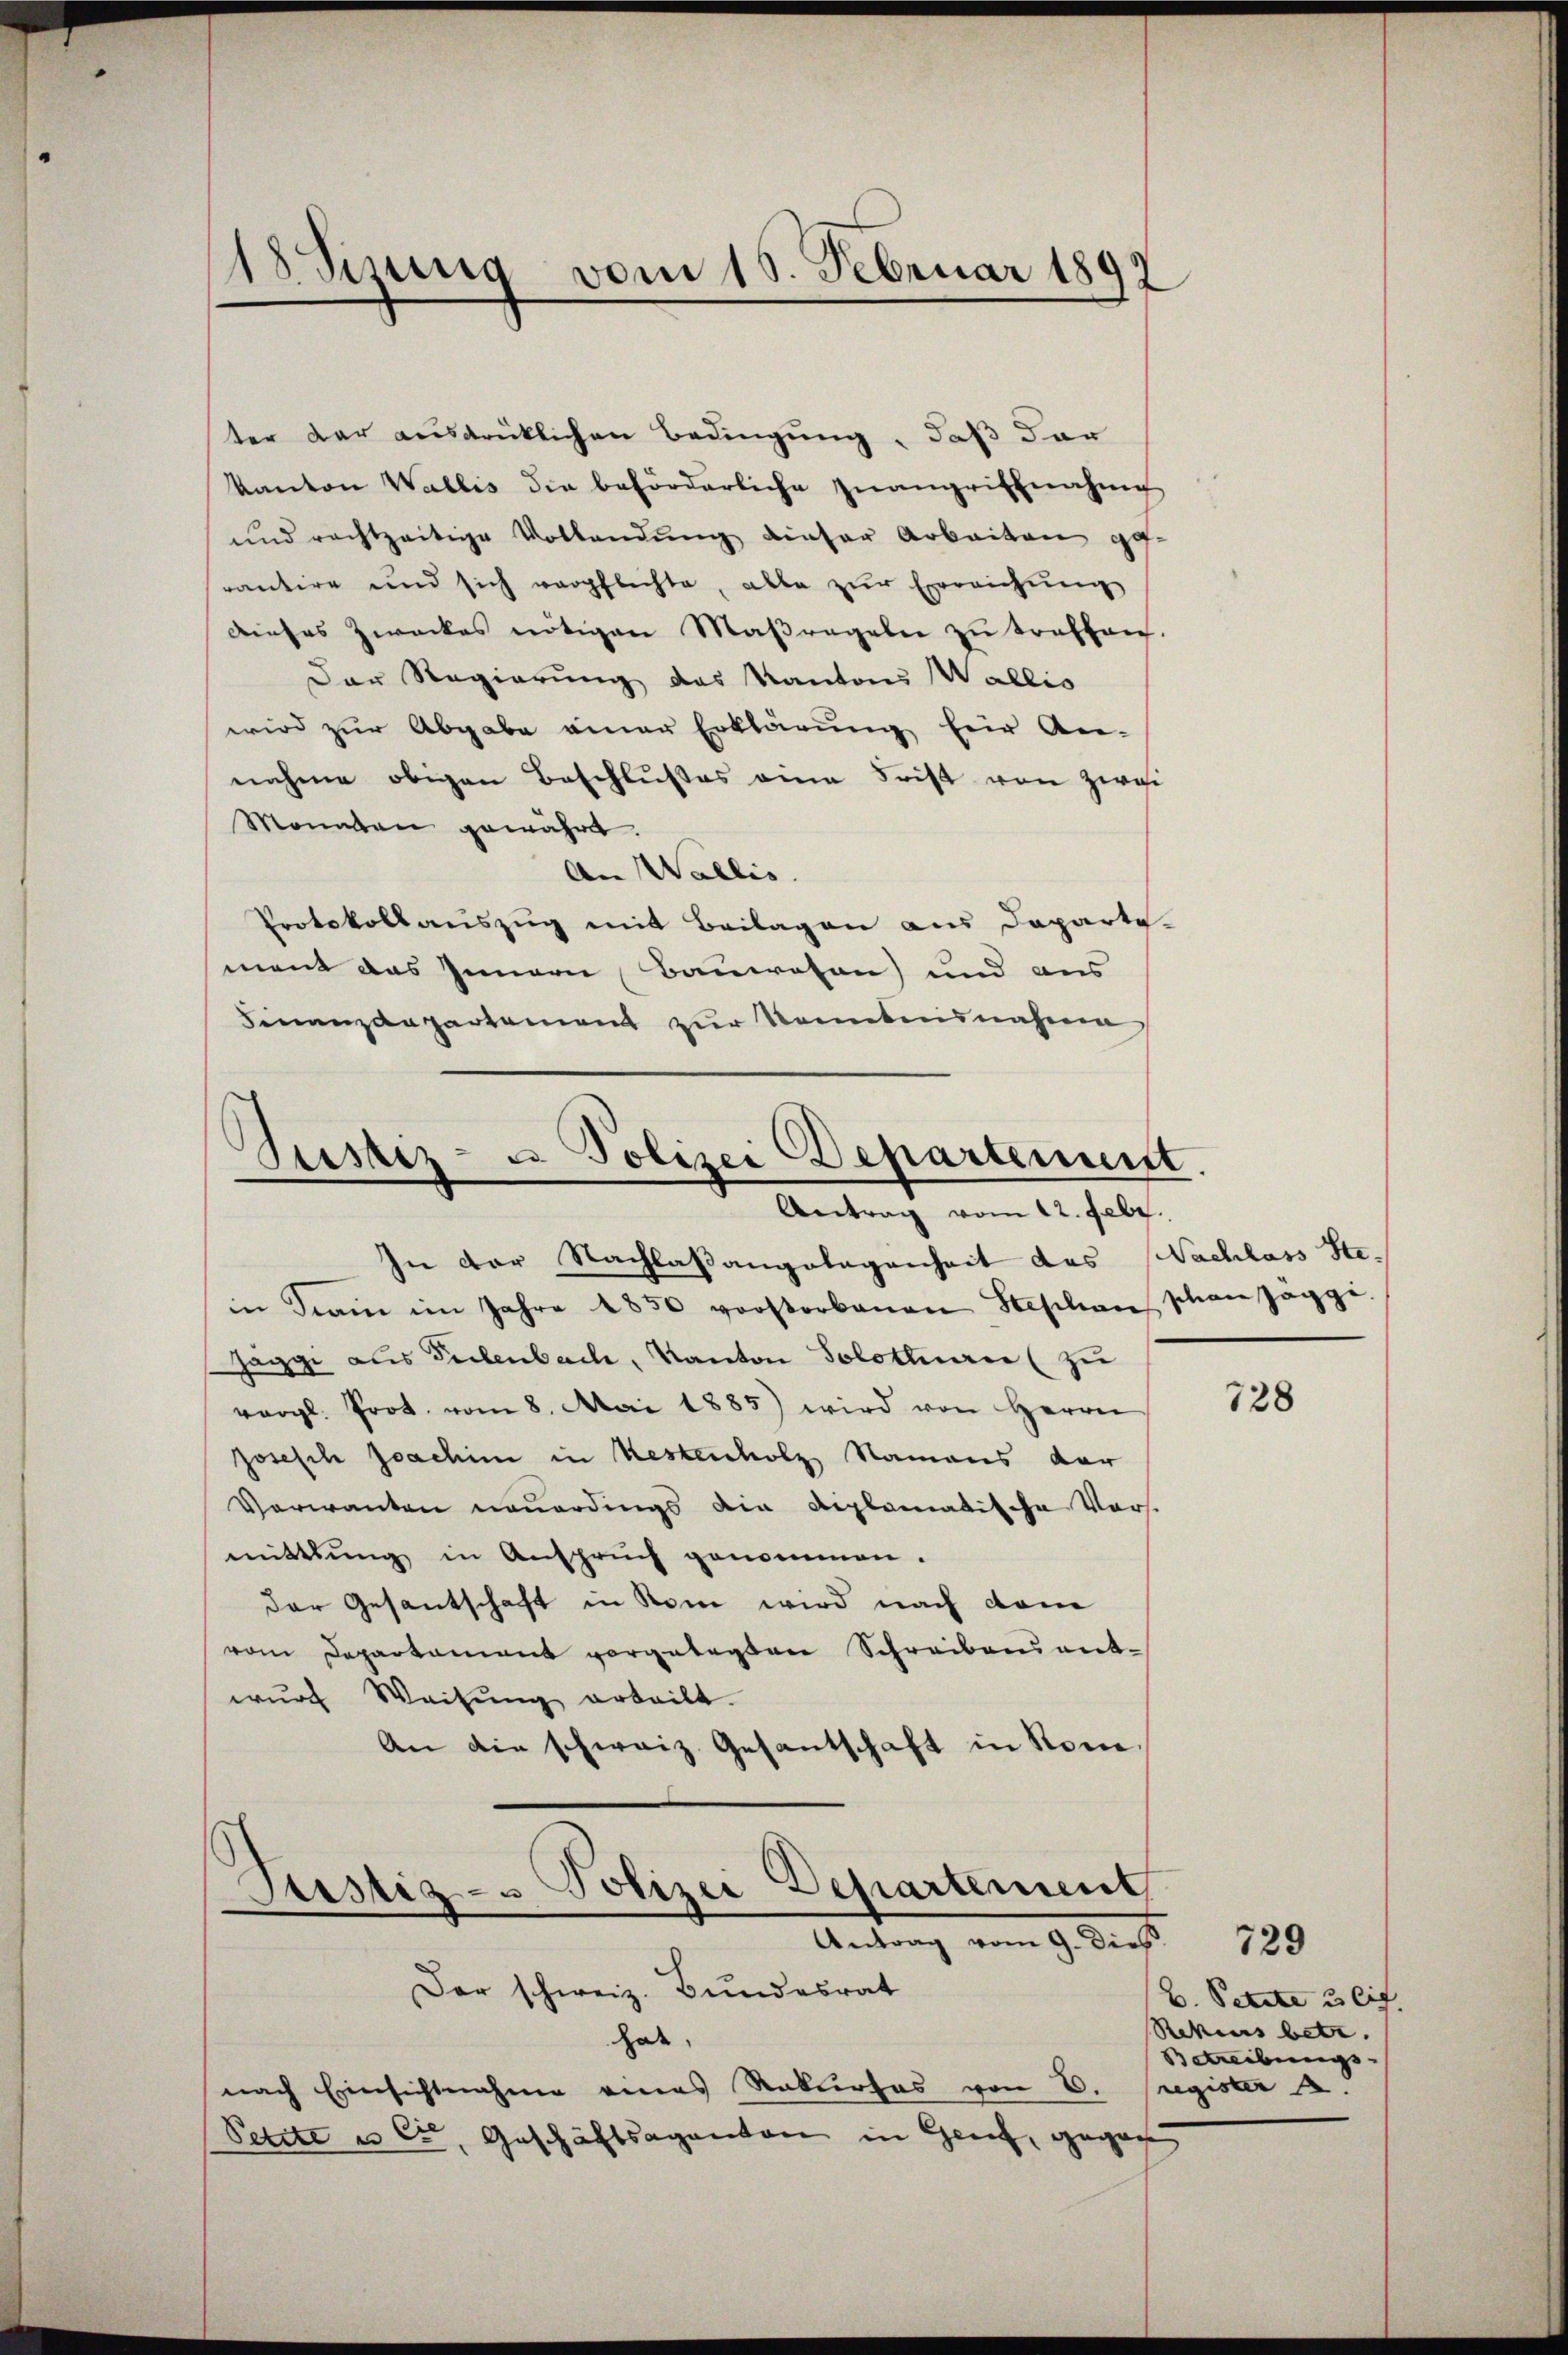
18 Sizung vom 18. Februar 1897.

ter dar ausdrücklichen Bedingung, daß dar
Kanton Wallis die beförderliche Inangriffnahme
und rechtzeitige Vollendŭng dieser Arbeiten ge-
rantire und sich verpflichte, alle zŭr Erreichŭng
Dieses Zweckes nötigen Maßregeln zŭ treffen.
Der Regierung des Kantons Wallis
wird zur Abgabe einer Erklärung für An-
nahme obigen Beschlußes eine Frist von zwei
Monaten gewährt.
An Wallis.
Protokollauszug mit Beilagen aus Departe
ment das Innern Bauwesen) und aus
Finanzdepartement zur Kenntnisnahmen

Sistiz- & Polizei Departement.
g
Antrag vom 12. Febr.

In der Nachlaßangelegenheit das Nachlass Stein Krain im Jahre 1850 vorstorbenen Stephan schon Jaggi
Jäggi aus Vielenbach, Kanton Solothurn (zu
vergl. Prot. vom 8. Mai 1885) wird von Herrn
josesche Joachin in Restencholz Namens dar
Verwanten neuerdings die diplomatische Vorst
mittlung in Anspruch genommen.
der Gesantschaft in Rom wird nach dem
vom Departement vorgelegten Schreiben ent-
wŭrf Weisŭng erteilt.
An die schweiz. Gesantschaft in Rone.
.
Justiz - Polizei Departement
Antrag vom 9. dies
Der schweiz. Bundesrat
hat,
nach Einsichtnahme eines Rekurses von E. register.
Petite u Cie, Geschäftsaganton in Genf, gegen

728

729
B. Petite 3 lit.
Rekurs betr.
Betreibungs